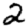
Digit: 2